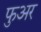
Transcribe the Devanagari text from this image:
फुअर